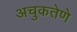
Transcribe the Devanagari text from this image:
अचुकतेणे